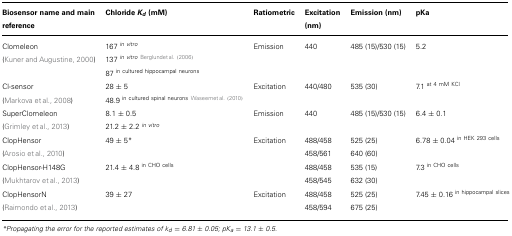
<table><thead><tr><td><b>Biosensor name and main reference</b></td><td><b>Chloride <i>K<sub>d</sub></i> (mM)</b></td><td><b>Ratiometric</b></td><td><b>Excitation (nm)</b></td><td><b>Emission (nm)</b></td><td><b>pKa</b></td></tr></thead><tbody><tr><td>Clomeleon</td><td>167 <sup><i>in vitro</i></sup></td><td>Emission</td><td>440</td><td>485 (15)/530 (15)</td><td>5.2</td></tr><tr><td>(Kuner and Augustine, 2000)</td><td>137 <sup><i>in vitro</i>Berglund et al. (2006)</sup></td><td></td><td></td></tr><tr><td></td><td>87 <sup>in cultured hippocampal neurons</sup></td><td></td><td></td></tr><tr><td>Cl-sensor</td><td>28 ± 5</td><td>Excitation</td><td>440/480</td><td>535 (30)</td><td>7.1 <sup>at 4 mM KCl</sup></td></tr><tr><td>(Markova et al., 2008)</td><td>48.9 <sup>in cultured spinal neurons Waseem et al. (2010)</sup></td><td></td><td></td></tr><tr><td>SuperClomeleon</td><td>8.1 ± 0.5</td><td>Emission</td><td>440</td><td>485 (15)/530 (15)</td><td>6.4 ± 0.1</td></tr><tr><td>(Grimley et al., 2013)</td><td>21.2 ± 2.2 <sup><i>in vitro</i></sup></td><td></td><td></td></tr><tr><td>ClopHensor</td><td>49 ± 5*</td><td>Excitation</td><td>488/458</td><td>525 (25)</td><td>6.78 ± 0.04 <sup>in HEK 293 cells</sup></td></tr><tr><td>(Arosio et al., 2010)</td><td></td><td>458/561</td><td>640 (60)</td><td></td></tr><tr><td>ClopHensor-H148G</td><td>21.4 ± 4.8 <sup>in CHO\ cells</sup></td><td></td><td>488/458</td><td>535 (15)</td><td>7.3 <sup>in CHO cells</sup></td></tr><tr><td>(Mukhtarov et al., 2013)</td><td></td><td>458/545</td><td>632 (30)</td><td></td></tr><tr><td>ClopHensorN</td><td>39 ± 27</td><td>Excitation</td><td>488/458</td><td>525 (25)</td><td>7.45 ± 0.16 <sup>in hippocampal slices</sup></td></tr><tr><td>(Raimondo et al., 2013)</td><td></td><td>458/594</td><td>675 (25)</td><td></td></tr></tbody></table>